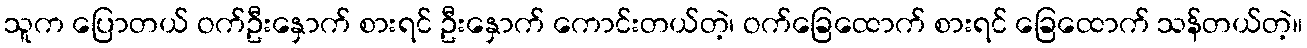
သူက ပြောတယ် ဝက်ဦးနှောက် စားရင် ဦးနှောက် ကောင်းတယ်တဲ့၊ ဝက်ခြေထောက် စားရင် ခြေထောက် သန်တယ်တဲ့။